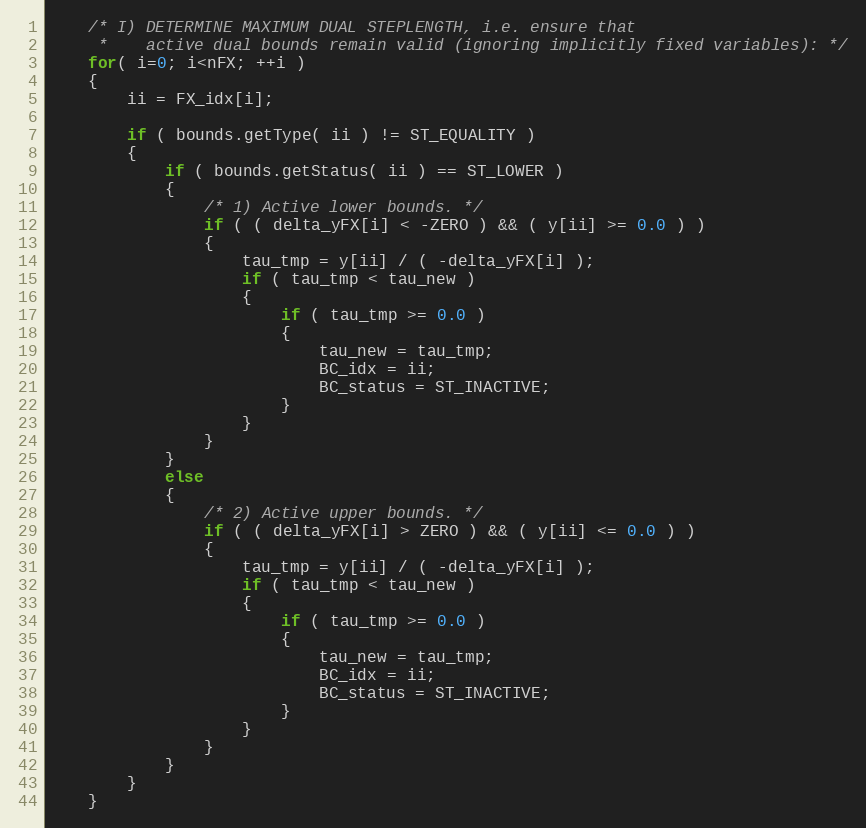
Language: C++
	/* I) DETERMINE MAXIMUM DUAL STEPLENGTH, i.e. ensure that
	 *    active dual bounds remain valid (ignoring implicitly fixed variables): */
	for( i=0; i<nFX; ++i )
	{
		ii = FX_idx[i];

		if ( bounds.getType( ii ) != ST_EQUALITY )
		{
			if ( bounds.getStatus( ii ) == ST_LOWER )
			{
				/* 1) Active lower bounds. */
				if ( ( delta_yFX[i] < -ZERO ) && ( y[ii] >= 0.0 ) )
				{
					tau_tmp = y[ii] / ( -delta_yFX[i] );
					if ( tau_tmp < tau_new )
					{
						if ( tau_tmp >= 0.0 )
						{
							tau_new = tau_tmp;
							BC_idx = ii;
							BC_status = ST_INACTIVE;
						}
					}
				}
			}
			else
			{
				/* 2) Active upper bounds. */
				if ( ( delta_yFX[i] > ZERO ) && ( y[ii] <= 0.0 ) )
				{
					tau_tmp = y[ii] / ( -delta_yFX[i] );
					if ( tau_tmp < tau_new )
					{
						if ( tau_tmp >= 0.0 )
						{
							tau_new = tau_tmp;
							BC_idx = ii;
							BC_status = ST_INACTIVE;
						}
					}
				}
			}
		}
	}